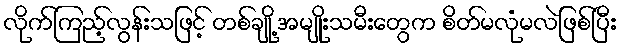
လိုက်ကြည့်လွန်းသဖြင့် တစ်ချို့ အမျိုးသမီးတွေက စိတ်မလုံမလဲဖြစ်ပြီး